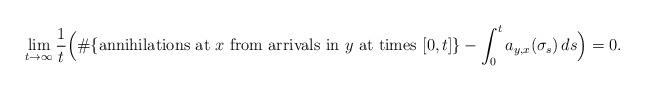
LaTeX: \begin{align*}\lim_{t\to\infty}\frac{1}{t}\Big(\#\{\mbox{annihilations at $x$ from arrivals in $y$ at times $[0,t]$}\}-\int_0^t a_{y,x}(\sigma_s)\,ds\Big)=0.\end{align*}